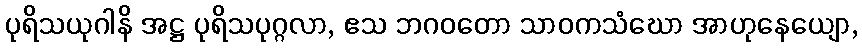
ပုရိသယုဂါနိ အဋ္ဌ ပုရိသပုဂ္ဂလာ, ဧသ ဘဂဝတော သာဝကသံဃော အာဟုနေယျော,